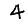
Digit: 4